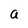
Character: a